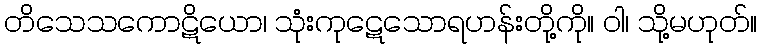
တိသေသကောဋိယော၊ သုံးကုဋေသောရဟန်းတို့ကို။ ဝါ၊ သို့မဟုတ်။